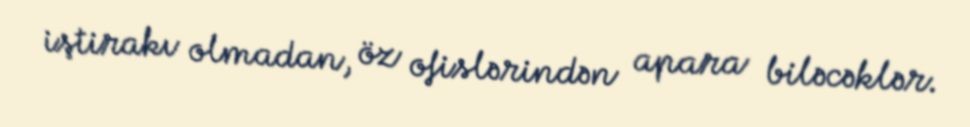
iştirakı olmadan, öz ofislərindən apara biləcəklər.